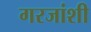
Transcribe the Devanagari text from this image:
गरजांशी